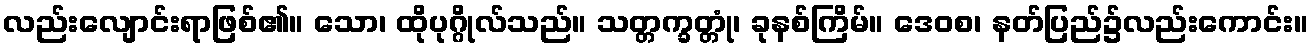
လည်းလျောင်းရာဖြစ်၏။ သော၊ ထိုပုဂ္ဂိုလ်သည်။ သတ္တက္ခတ္တုံ၊ ခုနစ်ကြိမ်။ ဒေဝစ၊ နတ်ပြည်၌လည်းကောင်း။